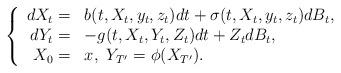
LaTeX: \begin{align*}\left\{\begin{array}[c]{rl}dX_{t}= & b(t,X_{t},y_{t},z_{t})dt+\sigma(t,X_{t},y_{t},z_{t})dB_{t},\\dY_{t}= & -g(t,X_{t},Y_{t},Z_{t})dt+Z_{t}dB_{t},\\X_{0}= & x,\ Y_{T^{\prime}}=\phi(X_{T^{\prime}}).\end{array}\right. \end{align*}